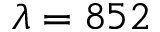
\lambda = 8 5 2